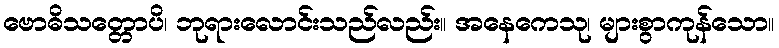
ဗောဓိသတ္တောပိ၊ ဘုရားလောင်းသည်လည်း။ အနေကေသု၊ များစွာကုန်သော။